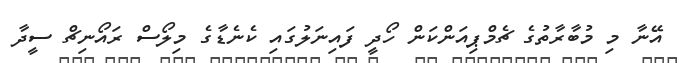
އޭނާ މި މުބާރާތުގެ ޗެމްޕިއަންކަން ހޯދީ ފައިނަލުގައި ކެނެޑާގެ މިލޯސް ރައޯނިޗް ސީދާ